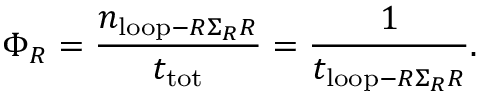
\Phi _ { R } = \frac { n _ { \mathrm { l o o p } - R \Sigma _ { R } R } } { t _ { \mathrm { t o t } } } = \frac { 1 } { t _ { \mathrm { l o o p } - R \Sigma _ { R } R } } .